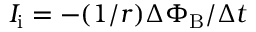
I _ { \mathrm { i } } = - ( 1 / r ) \Delta \Phi _ { \mathrm { B } } / \Delta t